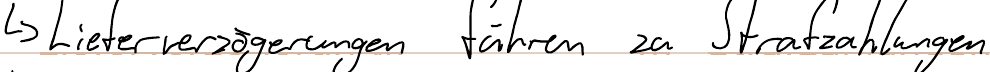
-> Lieferverzögerungen führen zu Strafzahlungen